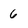
Character: 6